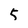
Character: 5